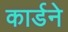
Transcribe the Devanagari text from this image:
कार्डने